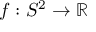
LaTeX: f : S ^ { 2 } \to \mathbb { R }